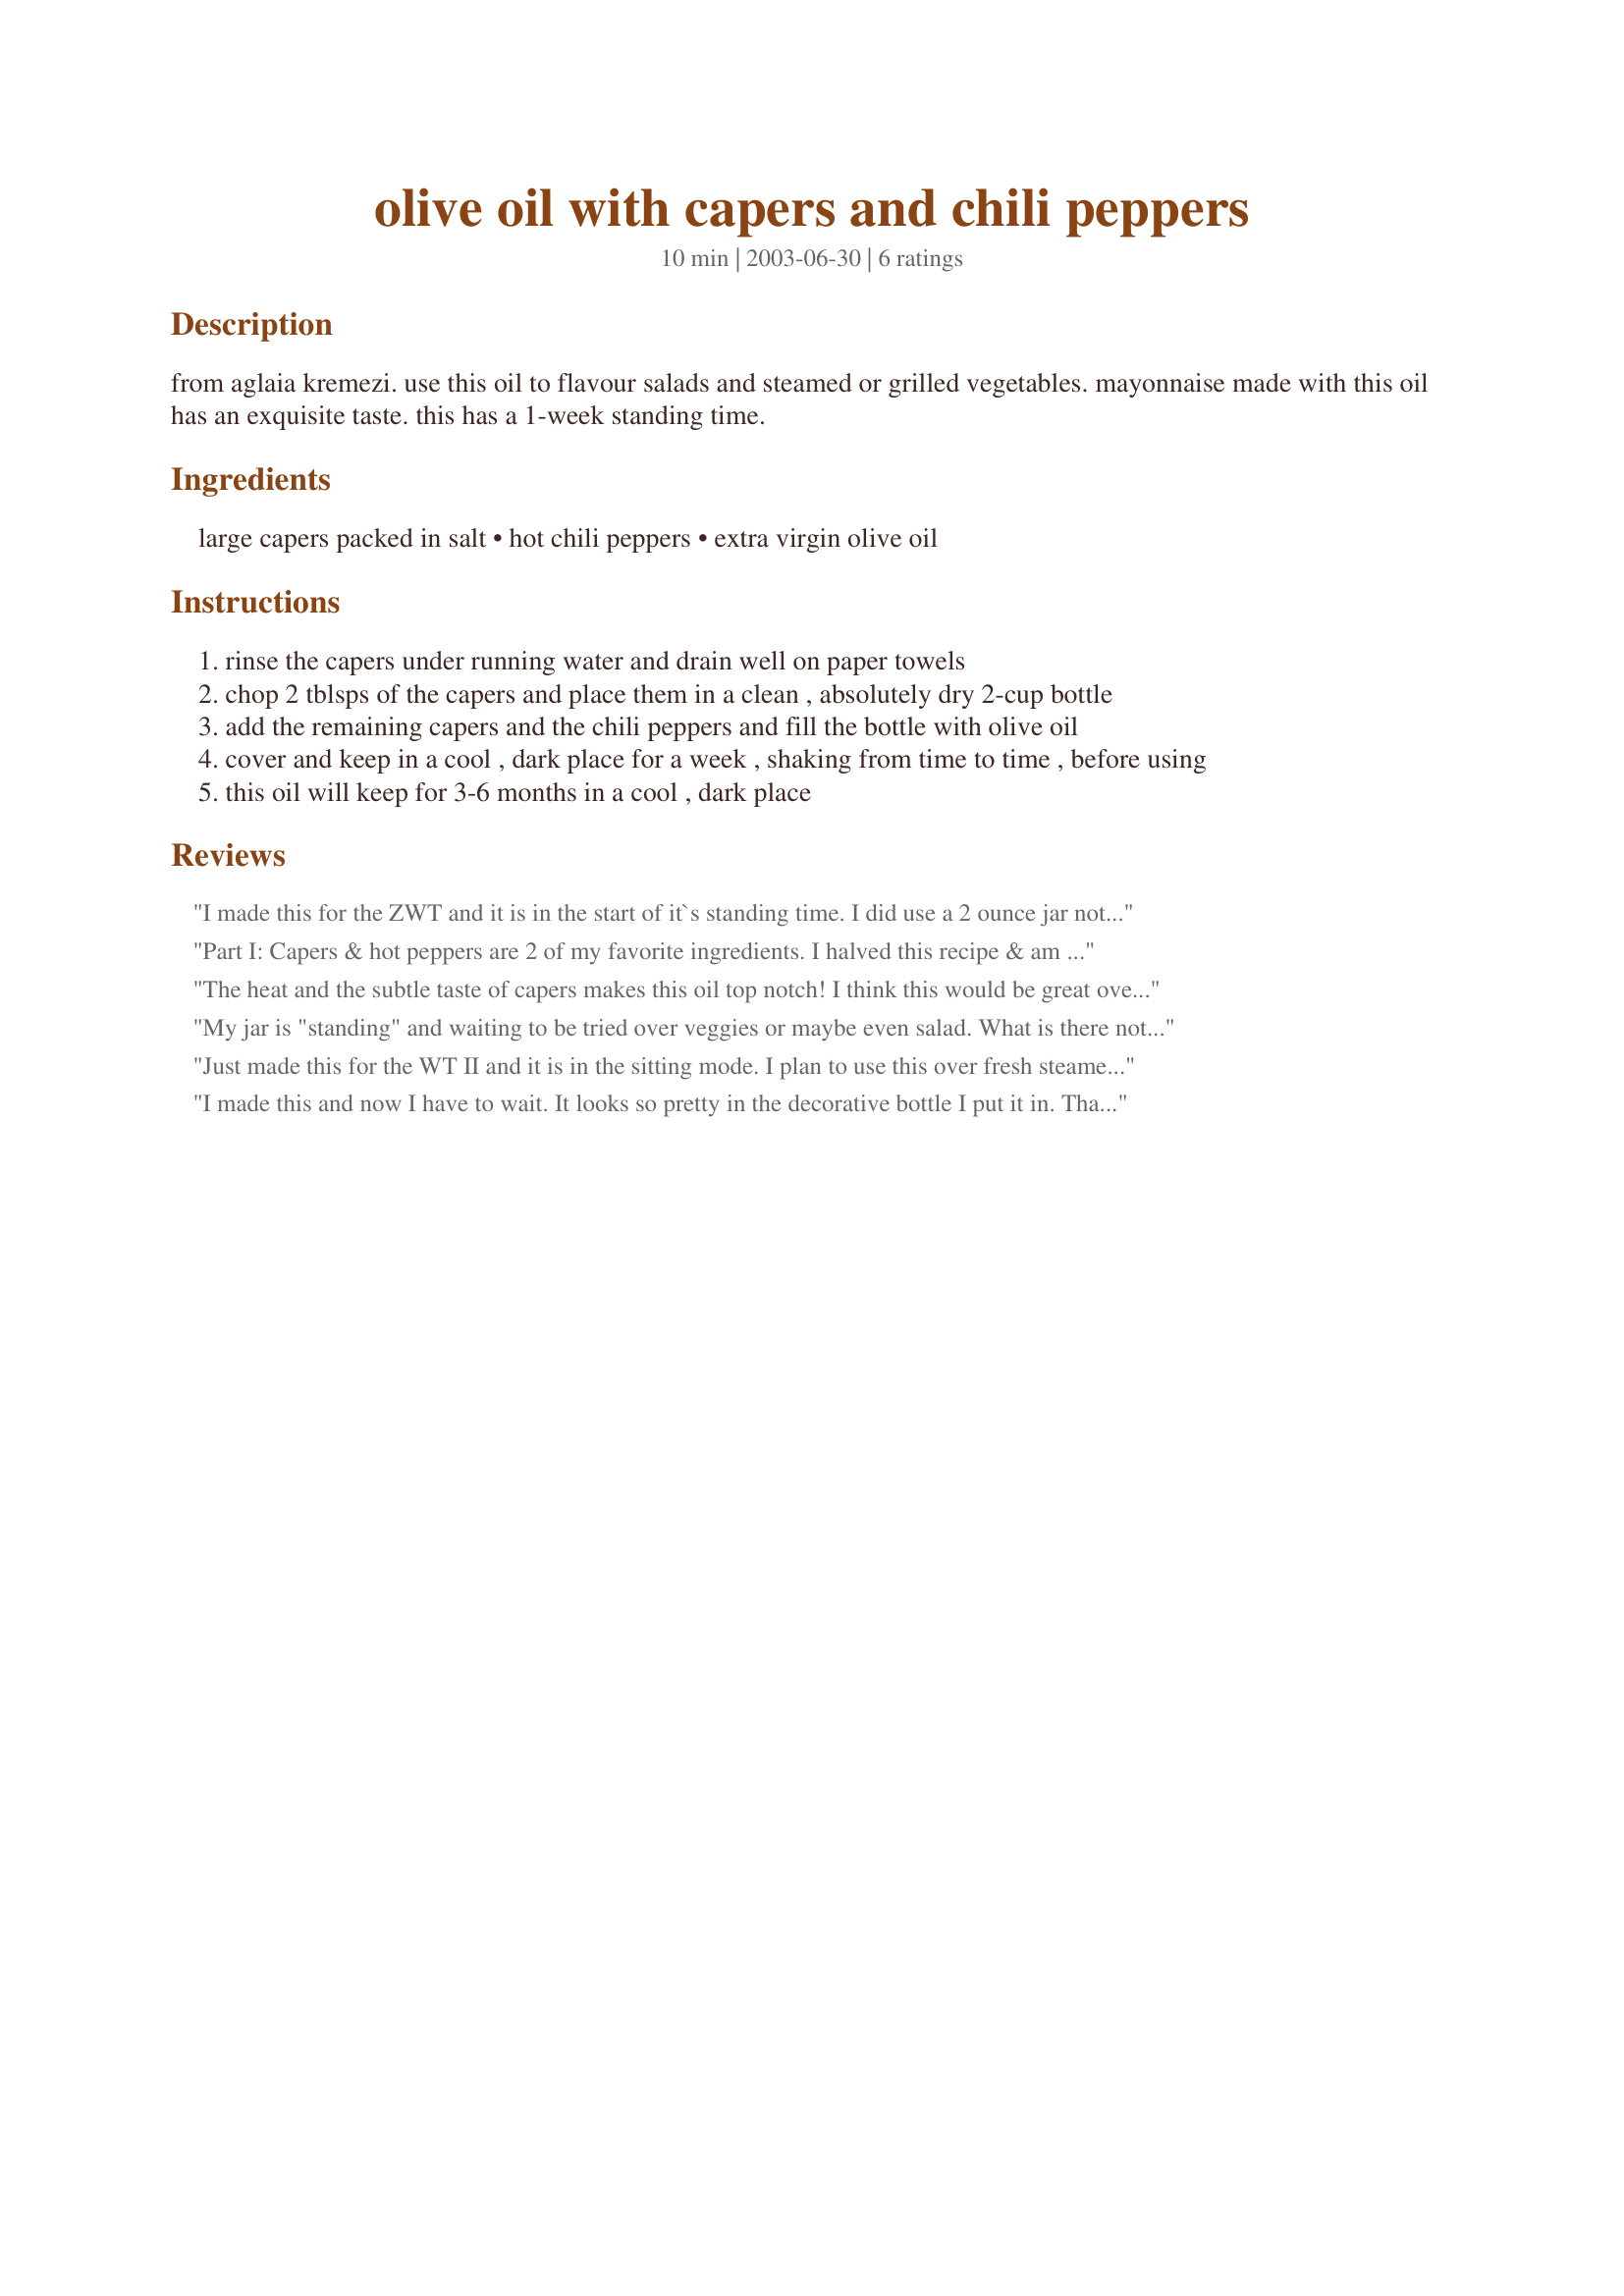
olive oil with capers and chili peppers
Preparation time: 10 minutes

from aglaia kremezi. use this oil to flavour salads and steamed or grilled vegetables. mayonnaise made with this oil has an exquisite taste. this has a 1-week standing time.

Ingredients:
large capers packed in salt, hot chili peppers, extra virgin olive oil

Steps:
rinse the capers under running water and drain well on paper towels
chop 2 tblsps of the capers and place them in a clean , absolutely dry 2-cup bottle
add the remaining capers and the chili peppers and fill the bottle with olive oil
cover and keep in a cool , dark place for a week , shaking from time to time , before using
this oil will keep for 3-6 months in a cool , dark place

Reviews:
I made this for the ZWT and it is in the start of it`s standing time. I did use a 2 ounce jar not sure what size jar this recipe calls for. And 1 cup of oil. 2 garden dried hot peppers is what I added. Will be back to review in a week!
Part I: Capers & hot peppers are 2 of my favorite ingredients. I halved this recipe & am now in "Waiting Mode".
Part II: A tiny sampling convinced me this will be great for bruschetta, marinades & sauces & even brushed on fish b4 grilling. My mind races w/options. Thx for posting, Ev.
The heat and the subtle taste of capers makes this oil top notch! I think this would be great over pasta and will use it over some steamed yellow squash! Thanks Evelyn!
My jar is "standing" and waiting to be tried over veggies or maybe even salad. What is there not to love. Thanks for posting.
Just made this for the WT II and it is in the sitting mode. I plan to use this over fresh steamed garden veggies next week. Will update my review then.
I made this and now I have to wait. It looks so pretty in the decorative bottle I put it in. Thanks Ev. I look forward to using it.
